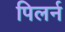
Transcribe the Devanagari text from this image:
पिलर्न